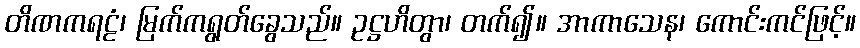
တိဏကရဠံ၊ မြက်ကရွတ်ခွေသည်။ ဥဋ္ဌဟိတွာ၊ တက်၍။ အာကာသေန၊ ကောင်းကင်ဖြင့်။